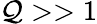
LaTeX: \mathcal{Q}>>1